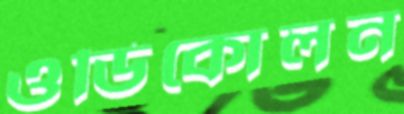
ওডিকোলন